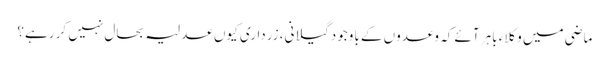
ماضی میں وکلاء باہر آئے کہ وعدوں کے باوجود گیلانی، زرداری کیوں عدلیہ بحال نہیں کر رہے؟